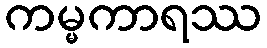
ကမ္မကာရဿ